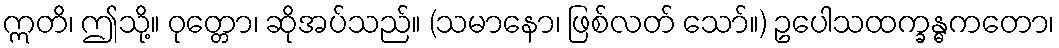
ဣတိ၊ ဤသို့။ ဝုတ္တော၊ ဆိုအပ်သည်။ (သမာနော၊ ဖြစ်လတ် သော်။) ဥပေါသထက္ခန္ဓကတော၊